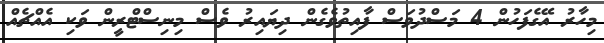
މިހާރު އޭގެފަހުން 4 މަސްދުވަސް ފާއިތުވެގެން ދިޔައިރު ވެސް މިނިސްޓްރީން ވަކި އެއްޗެއް